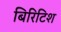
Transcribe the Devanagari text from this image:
बिरिटिश